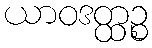
ယာဝဒတ္ထဉ္စ